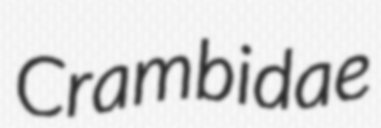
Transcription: Crambidae